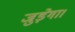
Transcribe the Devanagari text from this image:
जुड़ेगा।